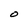
Character: O